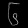
Digit: ၆